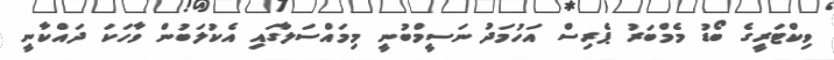
ވިކްޓަރީގެ ބޯޑު މެމްބަރު ޕެރިސް އަހުމަދު ނަސީމްބުނީ މިމައްސަލާގަައި އެކުލަބުން ވާހަކަ ދައްކާނީ